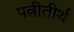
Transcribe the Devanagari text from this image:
पत्नीतीर्थ